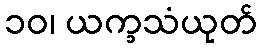
၁၀၊ ယက္ခသံယုတ်